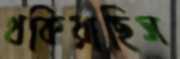
থকিয়াছিস